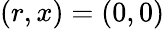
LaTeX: (r,x)=(0,0)